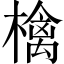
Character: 檎